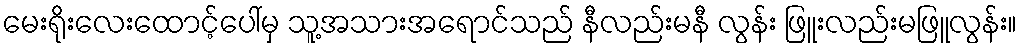
မေးရိုးလေးထောင့်ပေါ်မှ သူ့အသားအရောင်သည် နီလည်းမနီ လွန်း ဖြူးလည်းမဖြူလွန်း။